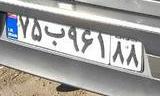
۷۵ب۹۶۱۸۸